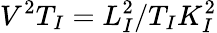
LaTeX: V^{2}T_{I}=L_{I}^{2}/T_{I}K_{I}^{2}